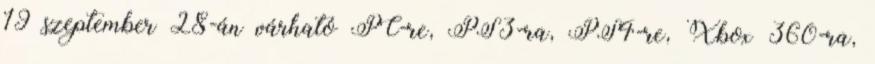
19 szeptember 28-án várható PC-re, PS3-ra, PS4-re, Xbox 360-ra,